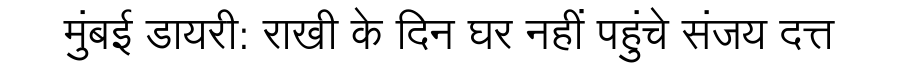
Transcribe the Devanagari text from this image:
मुंबई डायरी: राखी के दिन घर नहीं पहुंचे संजय दत्त